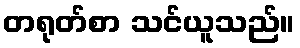
တရုတ်စာ သင်ယူသည်။